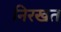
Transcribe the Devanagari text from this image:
निरखत